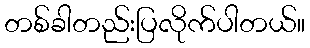
တစ်ခါတည်းပြလိုက်ပါတယ်။